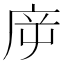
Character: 㡿